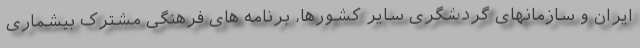
ایران و سازمانهای گردشگری سایر کشورها، برنامه های فرهنگی مشترک بیشماری